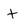
Character: t